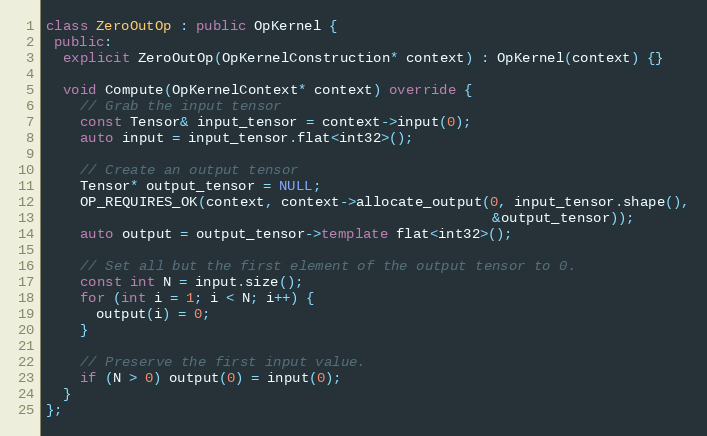
Language: C++
class ZeroOutOp : public OpKernel {
 public:
  explicit ZeroOutOp(OpKernelConstruction* context) : OpKernel(context) {}

  void Compute(OpKernelContext* context) override {
    // Grab the input tensor
    const Tensor& input_tensor = context->input(0);
    auto input = input_tensor.flat<int32>();

    // Create an output tensor
    Tensor* output_tensor = NULL;
    OP_REQUIRES_OK(context, context->allocate_output(0, input_tensor.shape(),
                                                     &output_tensor));
    auto output = output_tensor->template flat<int32>();

    // Set all but the first element of the output tensor to 0.
    const int N = input.size();
    for (int i = 1; i < N; i++) {
      output(i) = 0;
    }

    // Preserve the first input value.
    if (N > 0) output(0) = input(0);
  }
};